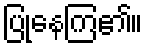
ပြုနေကြ၏။